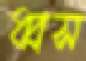
ধ্বস